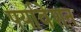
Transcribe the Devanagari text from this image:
पर्यावेशन